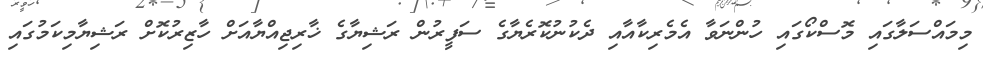
މިމައްސަލާގައި މޮސްކޯގައި ހުންނަވާ އެމެރިކާއާއި ދެކުނުކޮރެޔާގެ ސަފީރުން ރަޝިޔާގެ ޚާރިޖިއްޔާއަށް ހާޒިރުކޮށް ރަޝިޔާމިކަމުގައި